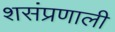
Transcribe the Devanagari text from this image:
शसंप्रणाली